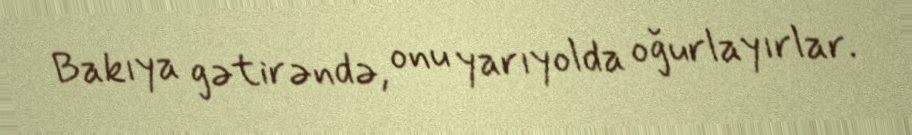
Bakıya gətirəndə, onu yarıyolda oğurlayırlar.